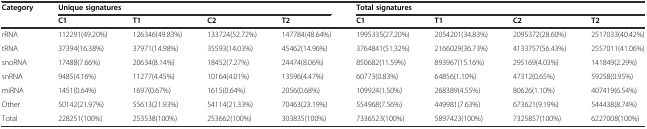
<table><thead><tr><td rowspan="2"><b>Category</b></td><td colspan="4"><b>Unique signatures</b></td><td colspan="4"><b>Total signatures</b></td></tr><tr><td><b>C1</b></td><td><b>T1</b></td><td><b>C2</b></td><td><b>T2</b></td><td><b>C1</b></td><td><b>T1</b></td><td><b>C2</b></td><td><b>T2</b></td></tr></thead><tbody><tr><td>rRNA</td><td>112291(49.20%)</td><td>126346(49.83%)</td><td>133724(52.72%)</td><td>147784(48.64%)</td><td>1995335(27.20%)</td><td>2054201(34.83%)</td><td>2095372(28.60%)</td><td>2517033(40.42%)</td></tr><tr><td>tRNA</td><td>37394(16.38%)</td><td>37971(14.98%)</td><td>35593(14.03%)</td><td>45462(14.96%)</td><td>3764841(51.32%)</td><td>2166029(36.73%)</td><td>4133757(56.43%)</td><td>2557011(41.06%)</td></tr><tr><td>snoRNA</td><td>17488(7.66%)</td><td>20634(8.14%)</td><td>18452(7.27%)</td><td>24474(8.06%)</td><td>850682(11.59%)</td><td>893967(15.16%)</td><td>295169(4.03%)</td><td>141849(2.29%)</td></tr><tr><td>snRNA</td><td>9485(4.16%)</td><td>11277(4.45%)</td><td>10164(4.01%)</td><td>13596(4.47%)</td><td>60773(0.83%)</td><td>64856(1.10%)</td><td>47312(0.65%)</td><td>59258(0.95%)</td></tr><tr><td>miRNA</td><td>1451(0.64%)</td><td>1697(0.67%)</td><td>1615(0.64%)</td><td>2056(0.68%)</td><td>109924(1.50%)</td><td>268389(4.55%)</td><td>80626(1.10%)</td><td>407419(6.54%)</td></tr><tr><td>Other</td><td>50142(21.97%)</td><td>55613(21.93%)</td><td>54114(21.33%)</td><td>70463(23.19%)</td><td>554968(7.56%)</td><td>449981(7.63%)</td><td>673621(9.19%)</td><td>544438(8.74%)</td></tr><tr><td>Total</td><td>228251(100%)</td><td>253538(100%)</td><td>253662(100%)</td><td>303835(100%)</td><td>7336523(100%)</td><td>5897423(100%)</td><td>7325857(100%)</td><td>6227008(100%)</td></tr></tbody></table>